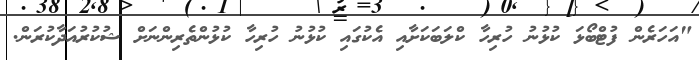
"އަހަރެން ފުޓްބޯޅަ ކުޅުނު ހުރިހާ ކްލަބަކަށާއި އެކުގައި ކުޅުނު ހުރިހާ ކުޅުންތެރިންނަށް ޝުކުރުއަދާކުރަން.